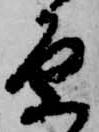
原